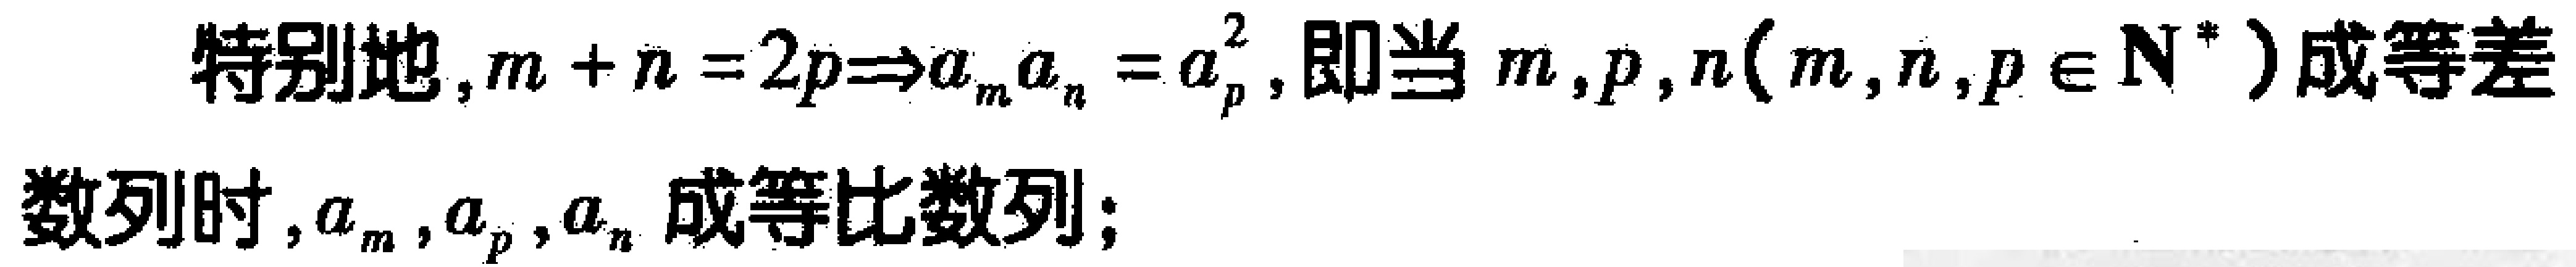
特别地, \(m + n = 2p\Rightarrow a_{m}a_{n} = a_{p}^{2}\), 即当 \(m,p,n(m,n,p\in\mathbb{N}^{*})\) 成等差数列时, \(a_{m},a_{p},a_{n}\) 成等比数列;